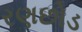
રણછોડ